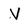
Character: V